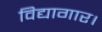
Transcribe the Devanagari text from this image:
विद्यागार।